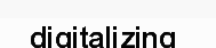
digitalizing